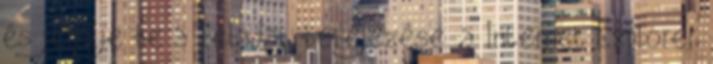
és jelölje be a feladat befejezése. a Internet Explorer